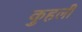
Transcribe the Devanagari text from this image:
कुहली